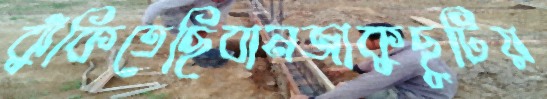
ঝুঁকিতেছিবানজাকুছুটিয়